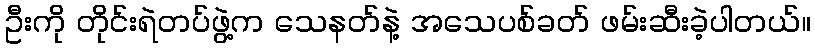
ဦးကို တိုင်းရဲတပ်ဖွဲ့က သေနတ်နဲ့ အသေပစ်ခတ် ဖမ်းဆီးခဲ့ပါတယ်။